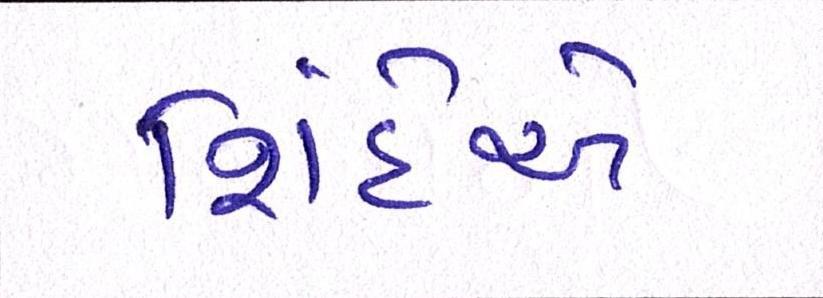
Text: શિંદેએ